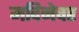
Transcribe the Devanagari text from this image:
मदिनेवर